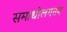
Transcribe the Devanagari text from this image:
समाधीलगतच